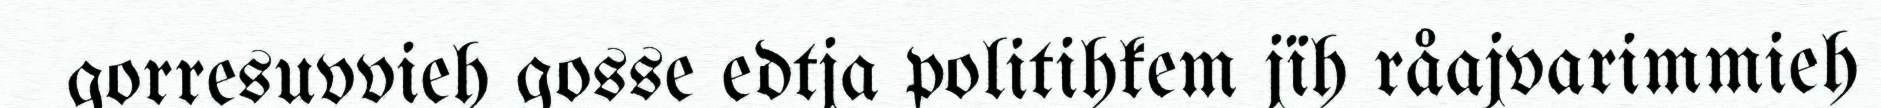
gorresuvvieh gosse edtja politihkem jïh råajvarimmieh